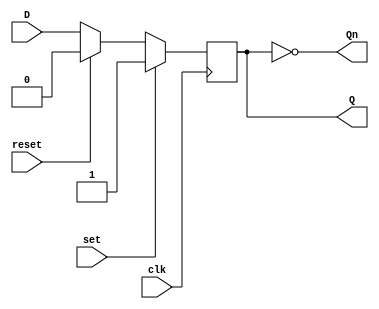
module d_ff_sync_reset_set (
    input D,
    input clk,
    input set,
    input reset,
    output reg Q,
    output reg Qn
    );
    
    always @(posedge clk) begin
        if (set) begin
            Q <= 1'b1;
        end else if (reset) begin
            Q <= 1'b0;
        end else begin
            Q <= D;
        end
    end
    
    assign Qn = ~Q;
    
endmodule